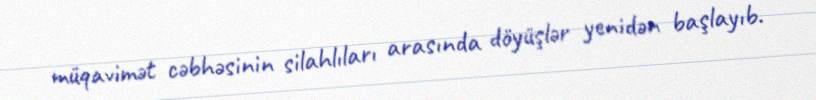
müqavimət cəbhəsinin silahlıları arasında döyüşlər yenidən başlayıb.